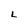
Character: L